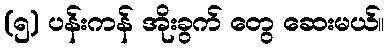
(၅) ပန်းကန် အိုးခွက် တွေ ဆေးမယ်။